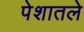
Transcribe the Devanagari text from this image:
पेशातले